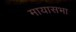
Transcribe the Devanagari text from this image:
मायासभा